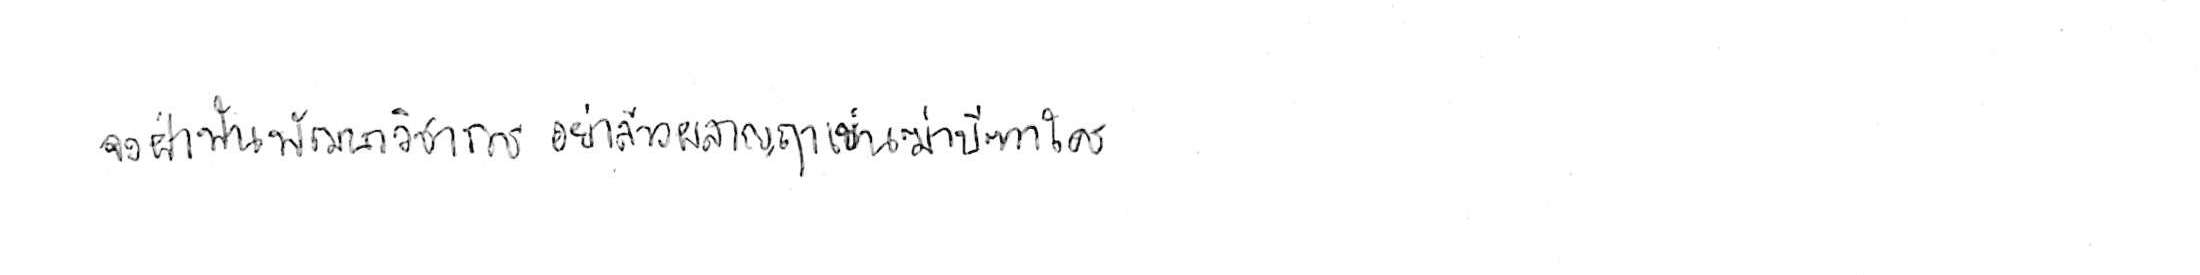
จงฝ่าฟันพัฒนาวิชาการ อย่าล้างผลาญฤๅเข่นฆ่าบีฑาใคร